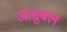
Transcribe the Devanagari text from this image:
जासुबल